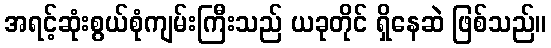
အရင့်ဆုံးစွယ်စုံကျမ်းကြီးသည် ယခုတိုင် ရှိနေဆဲ ဖြစ်သည်။